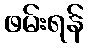
ဖမ်းရန်